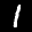
Label: 1